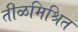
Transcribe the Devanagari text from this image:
तीळमिश्रित